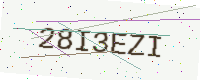
Text: 28I3EZI